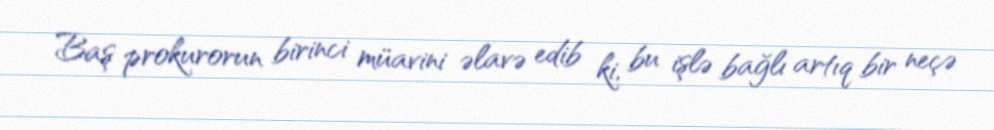
Baş prokurorun birinci müavini əlavə edib ki, bu işlə bağlı artıq bir neçə